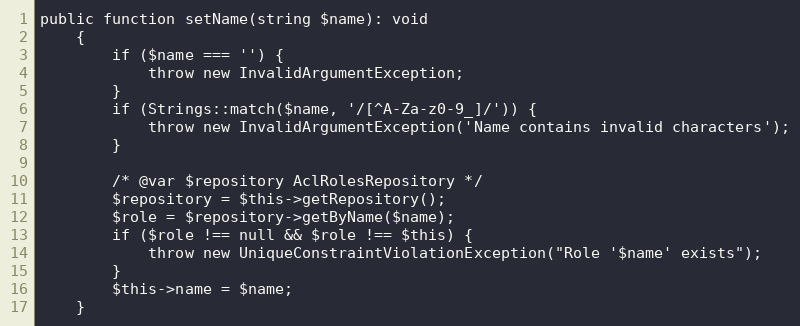
Language: PHP
public function setName(string $name): void
	{
		if ($name === '') {
			throw new InvalidArgumentException;
		}
		if (Strings::match($name, '/[^A-Za-z0-9_]/')) {
			throw new InvalidArgumentException('Name contains invalid characters');
		}

		/* @var $repository AclRolesRepository */
		$repository = $this->getRepository();
		$role = $repository->getByName($name);
		if ($role !== null && $role !== $this) {
			throw new UniqueConstraintViolationException("Role '$name' exists");
		}
		$this->name = $name;
	}